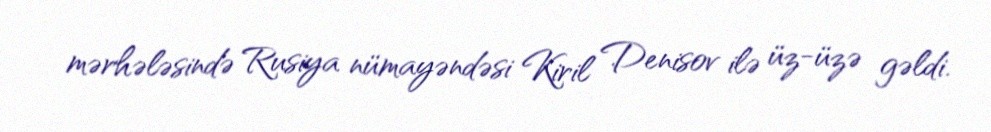
mərhələsində Rusiya nümayəndəsi Kiril Denisov ilə üz-üzə gəldi.